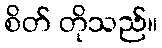
စိတ် တိုသည်။